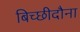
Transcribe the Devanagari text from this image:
बिच्छीदौना